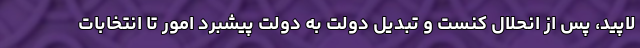
لاپید، پس از انحلال کنست و تبدیل دولت به دولت پیشبرد امور تا انتخابات